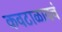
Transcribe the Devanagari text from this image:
कवटाळायचं